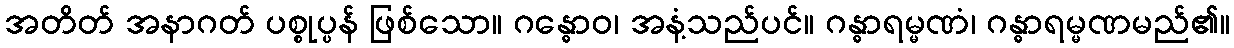
အတိတ် အနာဂတ် ပစ္စုပ္ပန် ဖြစ်သော။ ဂန္ဓောဝ၊ အနံ့သည်ပင်။ ဂန္ဓာရမ္မဏံ၊ ဂန္ဓာရမ္မဏမည်၏။